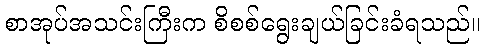
စာအုပ်အသင်းကြီးက စိစစ်ရွေးချယ်ခြင်းခံရသည်။